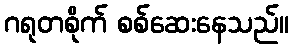
ဂရုတစိုက် စစ်ဆေးနေသည်။